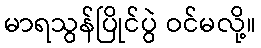
မာရသွန်ပြိုင်ပွဲ ဝင်မလို့။